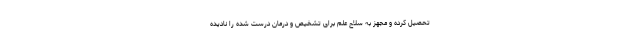
تحصیل کرده و مجهز به سلاح علم برای تشخیص و درمان درست شده را نادیده